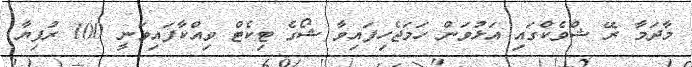
މާދަމާ ރޭ ޝްވެކްގައި އަޅުވަން ހަމަޖެހިފައިވާ ޝޯގެ ޓިކެޓް ވިއްކާފައިވަނީ 100 ރުފިޔާ